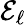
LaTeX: \mathcal{E}_{\ell}